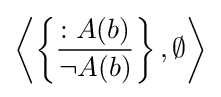
\left\langle \left\{{\frac {:A(b)}{\neg A(b)}}\right\},\emptyset \right\rangle